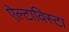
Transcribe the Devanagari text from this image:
ऐल्टाविस्टा